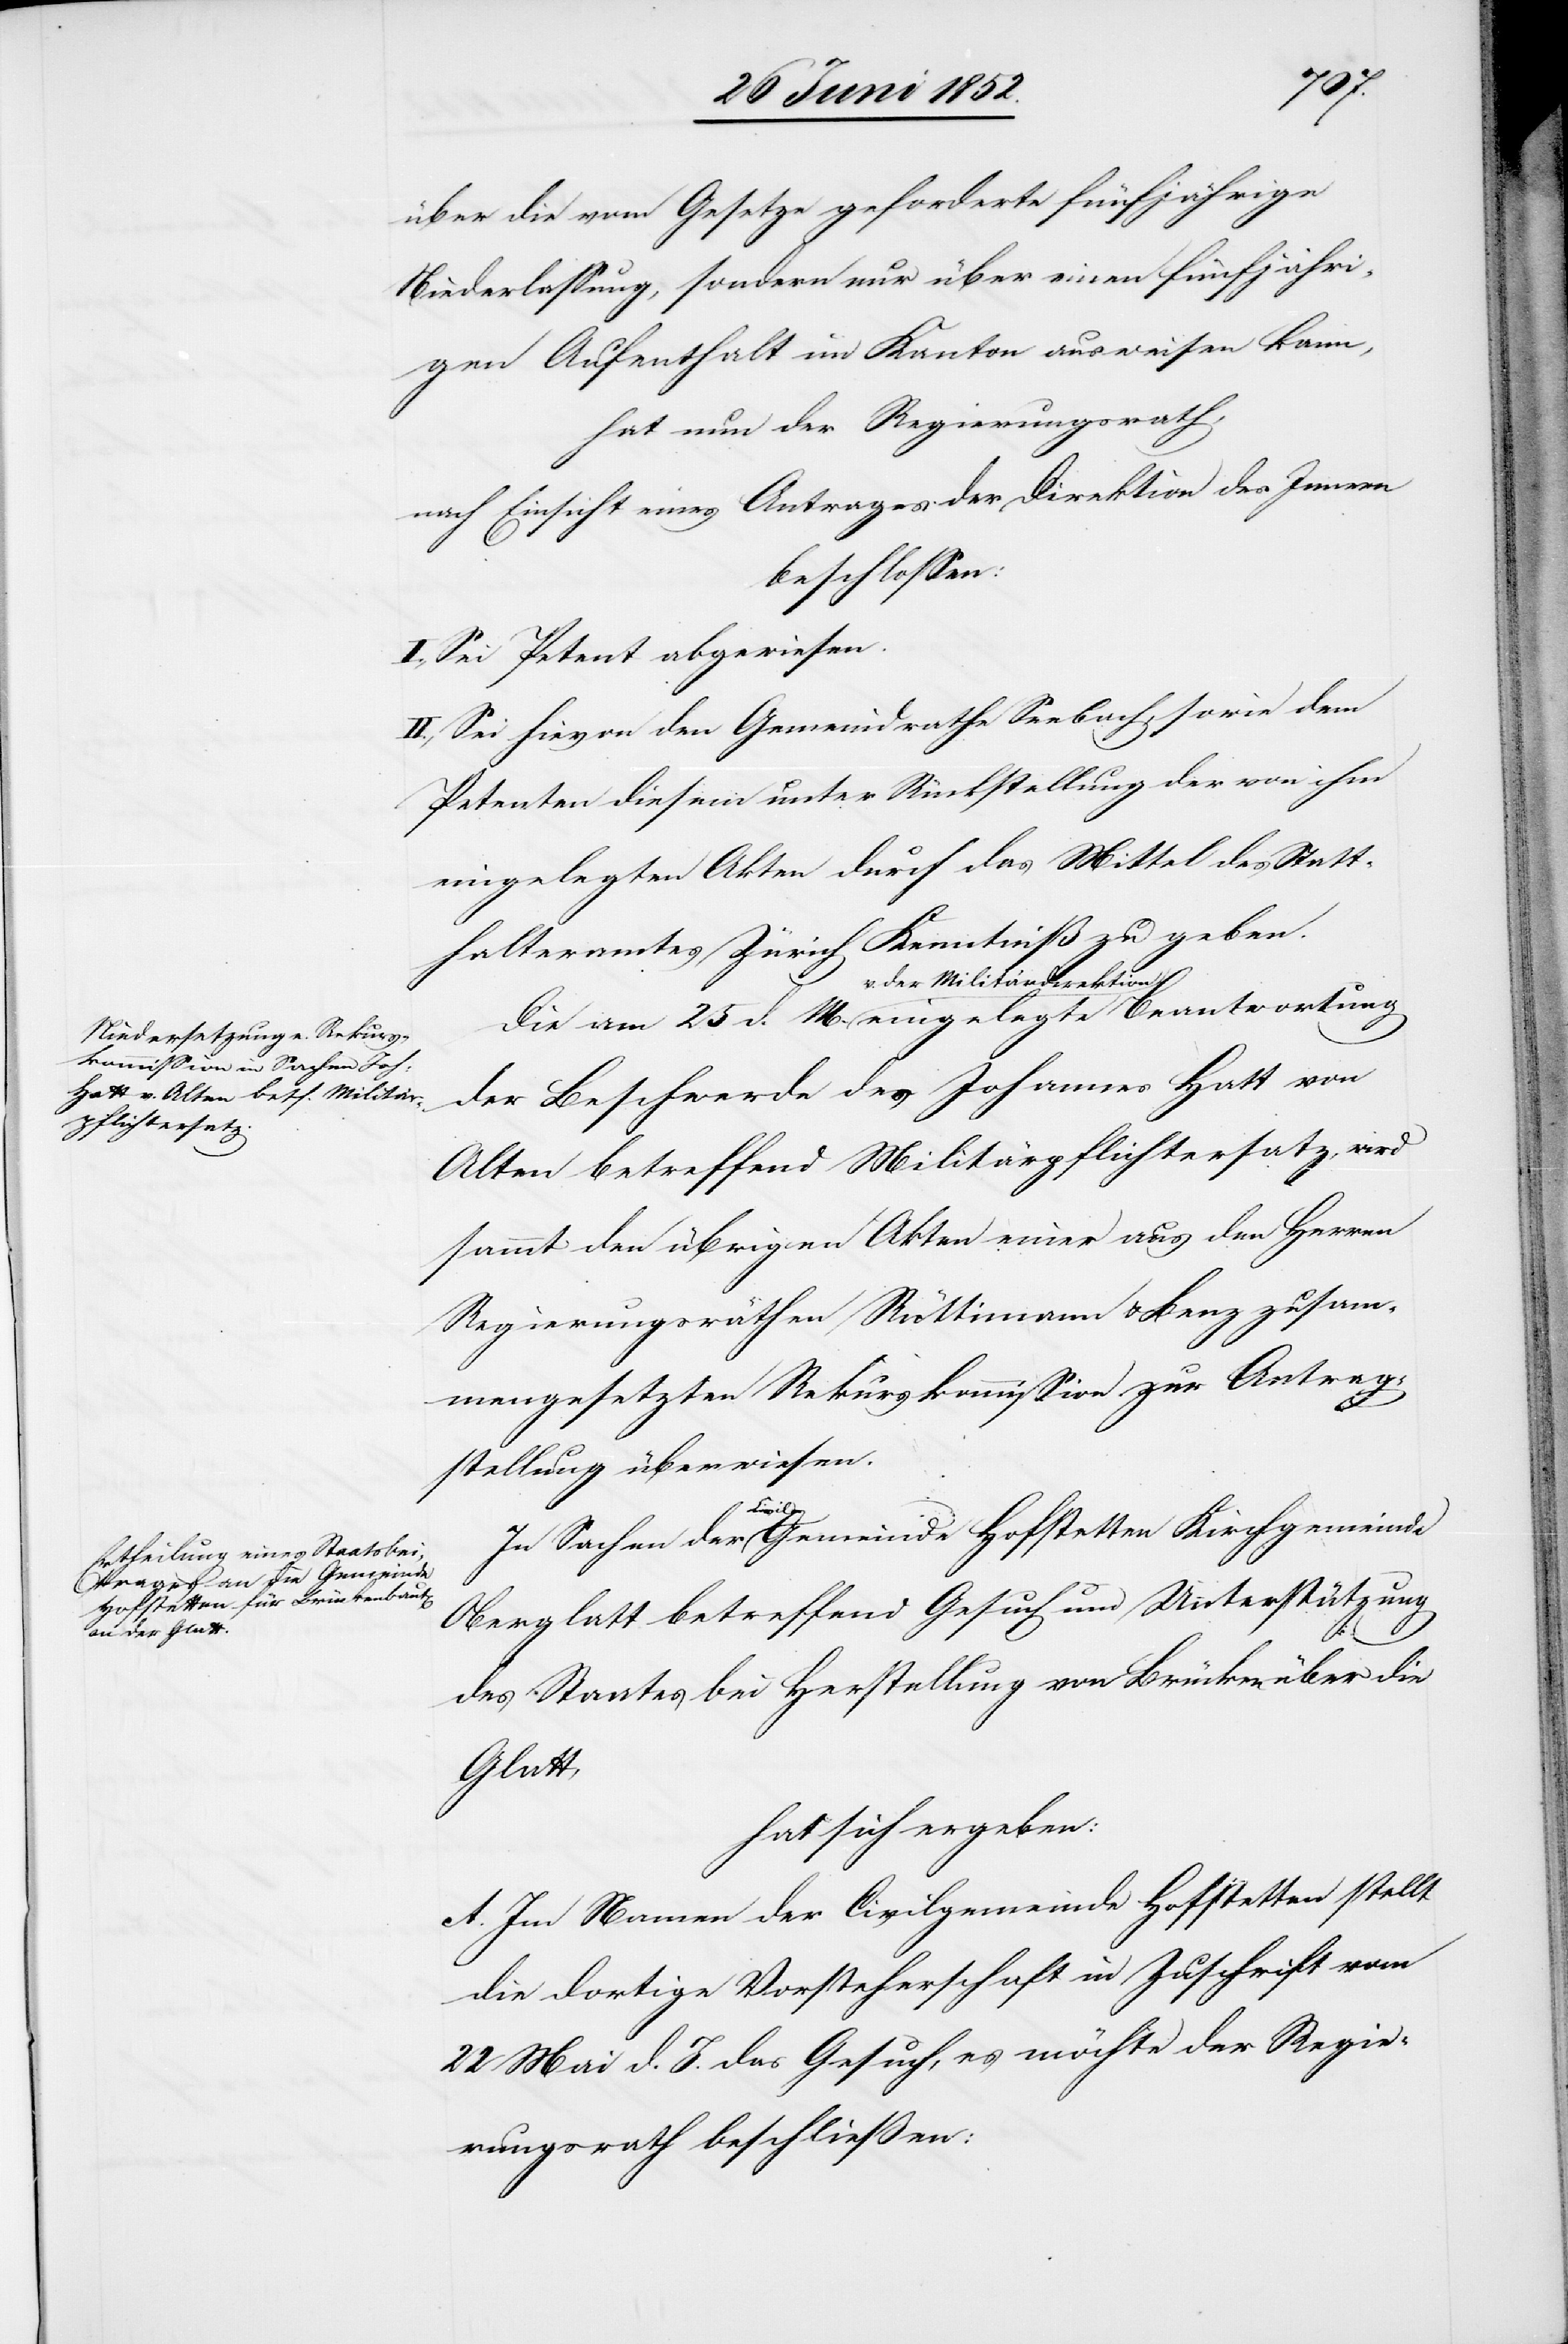
über die vom Gesetze geforderte fünfjährige
Niederlassung, sondern nur über einen fünfjähri¬
gen Aufenthalt im Kanton ausweisen kann,
hat nun der Regierungsrath,
nach Einsicht eines Antrages der Direktion des Innern
beschlossen:
I., Sei Petent abgewiesen.
Petenten diesem unter Rückstellung der von ihm
eingelegten Akten durch das Mittel des Statt¬
halteramtes Zürich Kenntniß zu geben.
v. der Militärdirektion
der Beschwerde des Johannes Hatt von
Alten betreffend Militärpflichtersatz, wird
sammt den übrigen Akten einer aus den Herren
Regierungsräthen Rüttimann & Benz zusam¬
mengesetzten Rekurskommission zur Antrag¬
stellung überwiesen.
wortung
In Sachen der Civil-Gemeinde Hofstetten Kirchgemeinde
Oberglatt betreffend Gesuch um Unterstützung
des Staates bei Herstellung von Brücken über die
Glatt,
hat sich ergeben:
A. Im Namen der Civilgemeinde Hofstetten stellt
die dortige Vorsteherschaft in Zuschrift vom
22 Mai d. J. das Gesuch, es möchte der Regie¬
rungsrath beschließen: